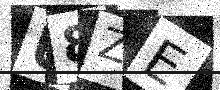
Text: U8ZE